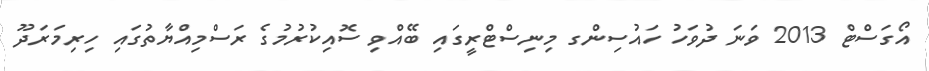
އޯގަސްޓް 2013 ވަނަ ދުވަހު ހައުސިންގ މިނިސްޓްރީގައި ބޭއްވި ސޮއިކުރުމުގެ ރަސްމިއްޔާތުގައި ހިރިމަރަދޫ